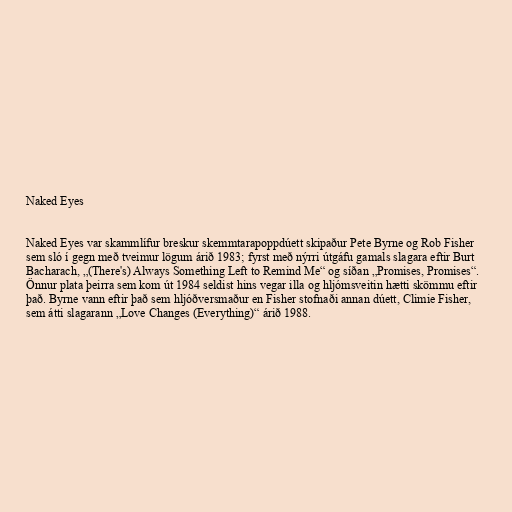
Naked Eyes

Naked Eyes var skammlífur breskur skemmtarapoppdúett skipaður Pete Byrne og Rob Fisher
sem sló í gegn með tveimur lögum árið 1983; fyrst með nýrri útgáfu gamals slagara eftir Burt
Bacharach, „(There's) Always Something Left to Remind Me“ og síðan „Promises, Promises“.
Önnur plata þeirra sem kom út 1984 seldist hins vegar illa og hljómsveitin hætti skömmu eftir
það. Byrne vann eftir það sem hljóðversmaður en Fisher stofnaði annan dúett, Climie Fisher,
sem átti slagarann „Love Changes (Everything)“ árið 1988.